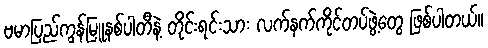
ဗမာပြည်ကွန်မြူနစ်ပါတီနဲ့ တိုင်းရင်းသား လက်နက်ကိုင်တပ်ဖွဲ့တွေ ဖြစ်ပါတယ်။